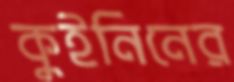
কুইনিনের